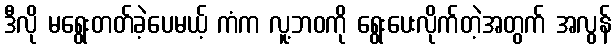
ဒီလို မရွေးတတ်ခဲ့ပေမယ့် ကံက လူ့ဘဝကို ရွေးပေးလိုက်တဲ့အတွက် အလွန်